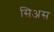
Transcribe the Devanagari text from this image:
सिअस